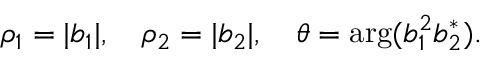
\rho _ { 1 } = | b _ { 1 } | , \quad \rho _ { 2 } = | b _ { 2 } | , \quad \theta = \arg ( b _ { 1 } ^ { 2 } b _ { 2 } ^ { * } ) .